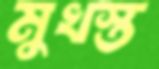
মুখস্ত